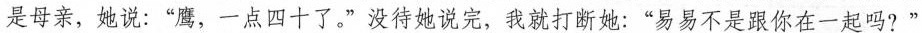
是母亲，她说：”鹰，一点四十了。”没待她说完，我就打断她：”易易不是跟你在一起吗?”